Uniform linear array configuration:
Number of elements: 16
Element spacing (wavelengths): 0.25
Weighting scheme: blackman
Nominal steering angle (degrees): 60
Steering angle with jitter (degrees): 59.795
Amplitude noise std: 0.05
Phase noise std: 0.05

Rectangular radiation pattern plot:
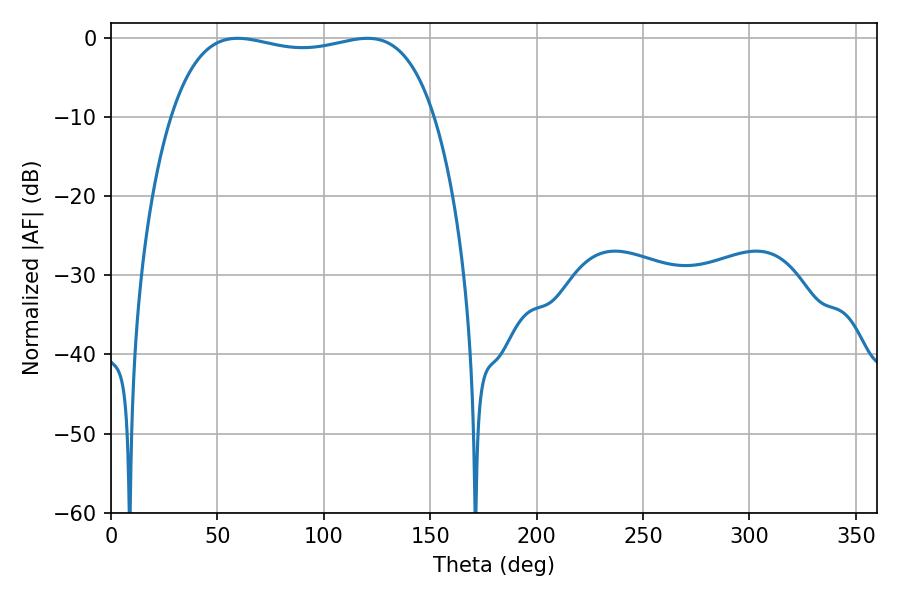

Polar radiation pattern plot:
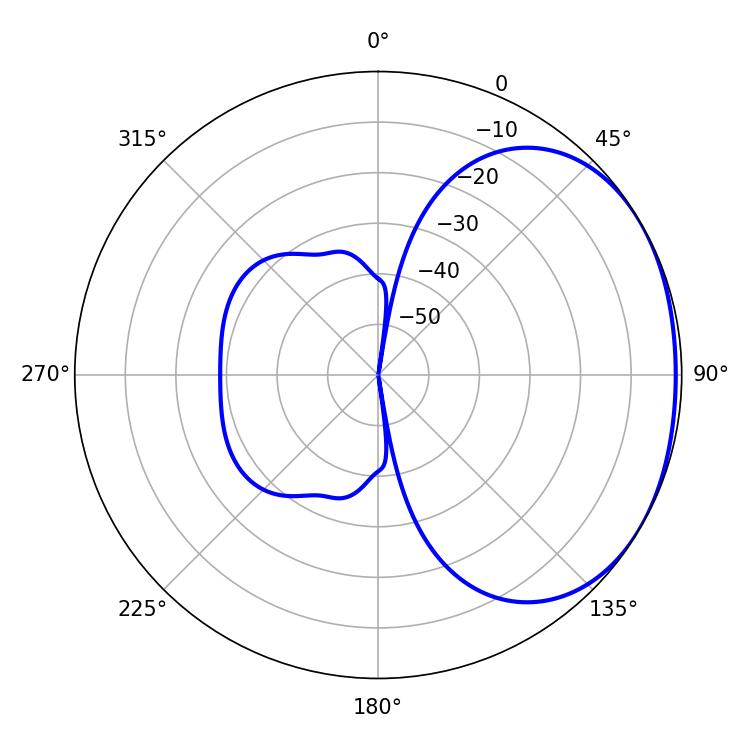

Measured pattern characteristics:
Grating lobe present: FALSE
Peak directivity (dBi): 1.597
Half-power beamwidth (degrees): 100.08
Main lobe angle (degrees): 59.58